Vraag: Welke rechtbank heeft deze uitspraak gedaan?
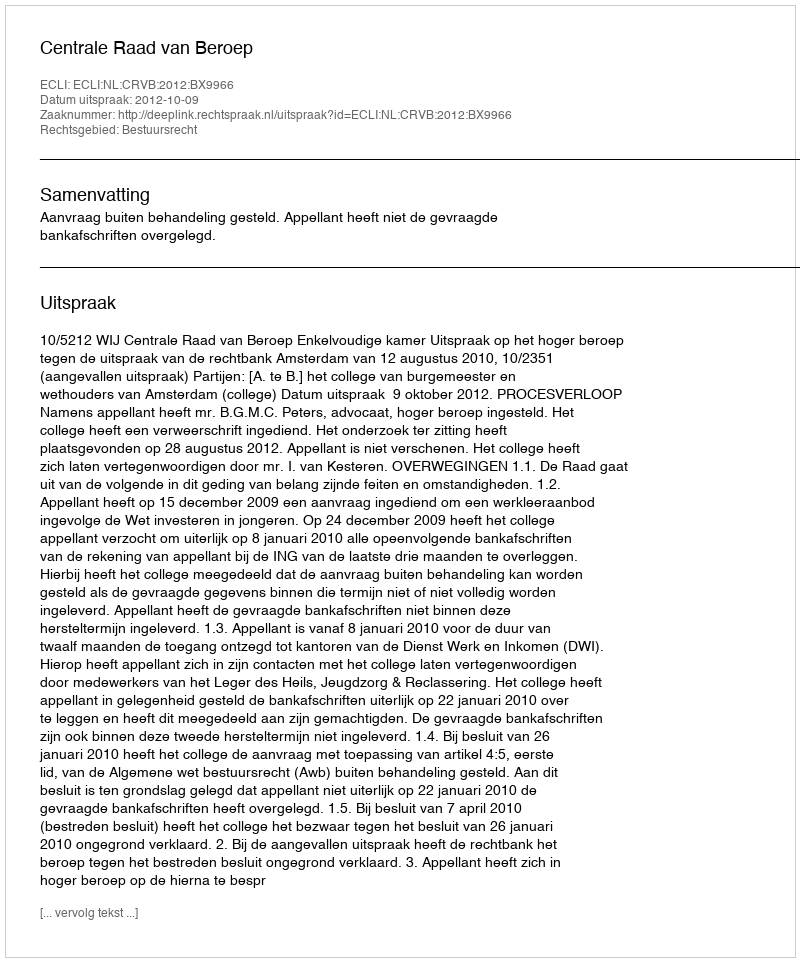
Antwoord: Centrale Raad van Beroep